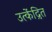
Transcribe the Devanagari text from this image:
उत्केंद्रित